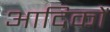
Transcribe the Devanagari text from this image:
आदिकों